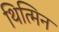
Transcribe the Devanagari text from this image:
थित्मिन